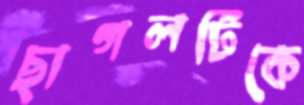
ছাগলটিকে